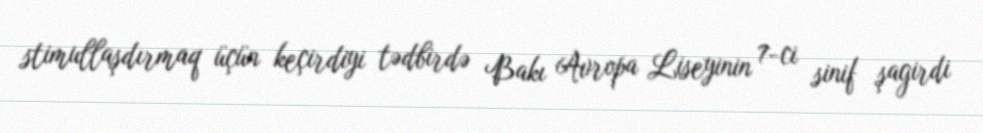
stimullaşdırmaq üçün keçirdiyi tədbirdə Bakı Avropa Liseyinin 7-ci sinif şagirdi